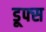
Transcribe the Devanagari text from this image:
डूफ्स